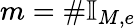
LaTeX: m=\# \mathbb{I}_{M,e}